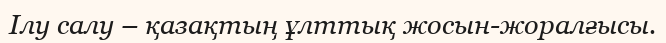
Ілу салу – қазақтың ұлттық жосын-жоралғысы.